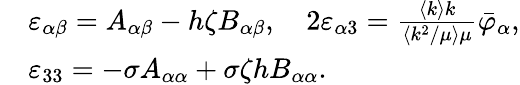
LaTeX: \begin{array}{rl}&{\varepsilon_{\alpha\beta}=A_{\alpha\beta}-h\zeta B_{\alpha\beta},\quad 2\varepsilon_{\alpha 3}=\frac{\langle k\rangle k}{\langle k^{2}/\mu\rangle\mu}\bar{\varphi}_{\alpha},}\\ &{\varepsilon_{33}=-\sigma A_{\alpha\alpha}+\sigma\zeta hB_{\alpha\alpha}.}\end{array}